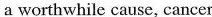
a worthwhile cause,cancer